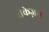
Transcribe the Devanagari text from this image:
ओकेज़न